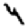
Digit: 4